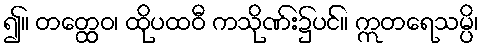
၍။ တတ္ထေဝ၊ ထိုပထဝီ ကသိုဏ်း၌ပင်။ ဣတရေသမ္ပိ၊